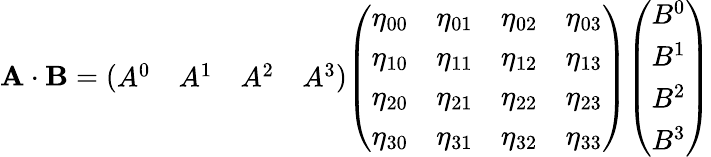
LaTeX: \mathbf{A\cdot B}={\left(\begin{array}{llll}{A^{0}}&{A^{1}}&{A^{2}}&{A^{3}}\end{array}\right)}{\left(\begin{array}{llll}{\eta_{00}}&{\eta_{01}}&{\eta_{02}}&{\eta_{03}}\\ {\eta_{10}}&{\eta_{11}}&{\eta_{12}}&{\eta_{13}}\\ {\eta_{20}}&{\eta_{21}}&{\eta_{22}}&{\eta_{23}}\\ {\eta_{30}}&{\eta_{31}}&{\eta_{32}}&{\eta_{33}}\end{array}\right)}{\left(\begin{array}{l}{B^{0}}\\ {B^{1}}\\ {B^{2}}\\ {B^{3}}\end{array}\right)}